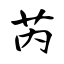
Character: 芮